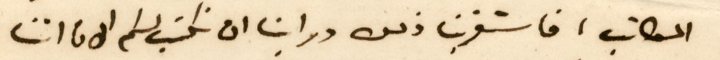
المكاتب، فاستغربنا ذلك وراينا ان نكتب لكم الان اننا